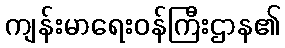
ကျန်းမာရေးဝန်ကြီးဌာန၏